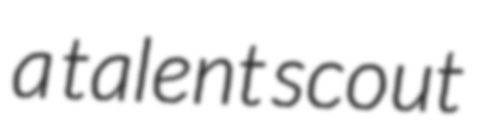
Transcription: a talent scout